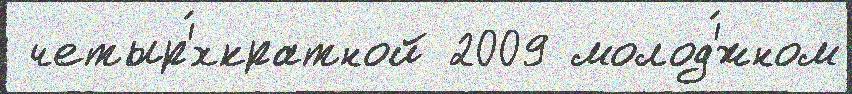
 четыр'́хкратной 2009 молод'́жном